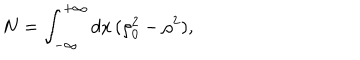
N = \int _ { - \infty } ^ { + \infty } d x \, ( \rho _ { 0 } ^ { 2 } - \rho ^ { 2 } ) ,